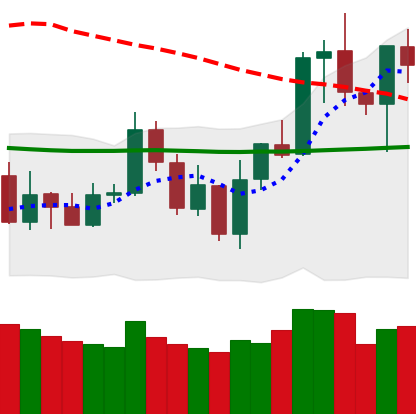
Ticker: NEO-USD
Chart end date: 2020-01-11
Forward return: 15.937%
Label: up_7plus